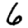
Digit: 6